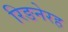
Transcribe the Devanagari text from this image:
रिङनेरह